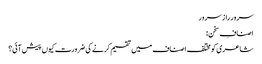
سرور راز سرور
اصنافِ سخن :
شاعری کو مختلف اصناف میں تقسیم کرنے کی ضرورت کیوں پیش آئی؟